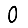
Digit: 0